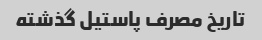
تاریخ مصرف پاستیل گذشته